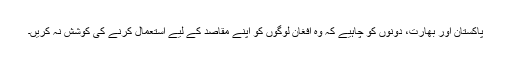
پاکستان اور بھارت، دونوں کو چاہیے کہ وہ افغان لوگوں کو اپنے مقاصد کے لیے استعمال کرنے کی کوشش نہ کریں۔